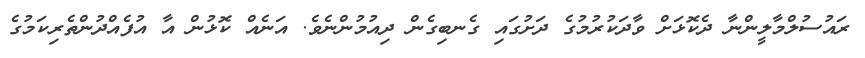
ރައުސުލްމާލީންނާ ދެކޮޅަށް ވާދަކުރުމުގެ ދަށުގައި ގެނބިގެން ދިއުމުންނެވެ. އަނެއް ކޮޅުން އާ އުފެއްދުންތެރިކަމުގެ